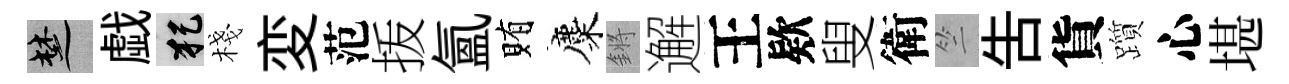
楚戯犯棧変范㧞氳賄麋鏘邂王欵叟衛竺吿貨躓心堪